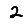
Digit: 2